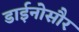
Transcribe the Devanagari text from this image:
डाईनोसौर